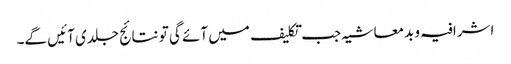
اشرافیہ و بدمعاشیہ جب تکلیف میں آئے گی تو نتائج جلدی آئیں گے۔